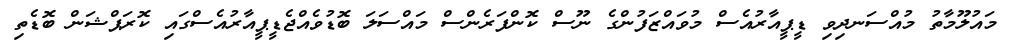
މައުލޫމާތު މުއްސަނދިވި ޑީޕީއާރުއެސް މުވައްޒަފުންގެ ނޫސް ކޮންފަރެންސް މައްސަލަ ބޮޑުވެއްޖެޑީޕީއާރުއެސްގައި ކޮރަޕްޝަން ބޮޑެތި